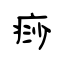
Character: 痧